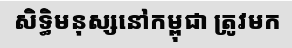
សិទ្ធិមនុស្សនៅកម្ពុជា ត្រូវមក